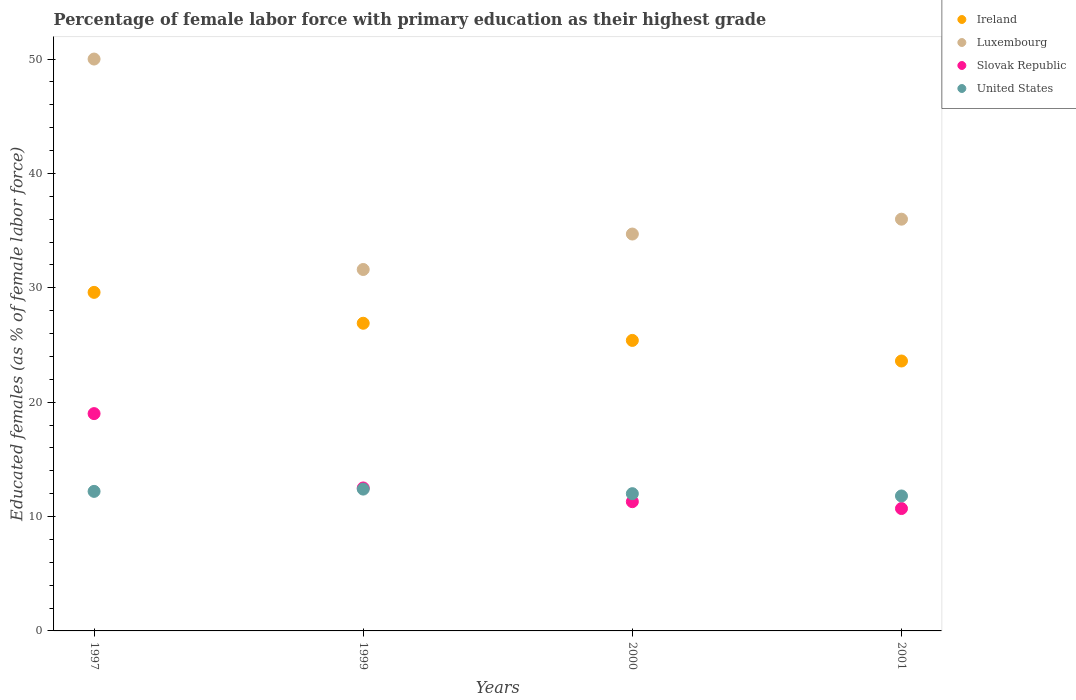
| Years | Ireland | Luxembourg | Slovak Republic | United States |
 | --- | --- | --- | --- | --- |
 | 1997 | 29.6 | 50 | 19 | 12.2 |
 | 1999 | 26.9 | 31.6 | 12.5 | 12.4 |
 | 2000 | 25.4 | 34.7 | 11.3 | 12 |
 | 2001 | 23.6 | 36 | 10.7 | 11.8 |